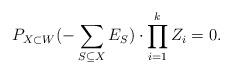
LaTeX: \begin{align*}P_{X\subset W}(-\sum_{S \subseteq X}E_S) \cdot \prod_{i=1}^k Z_i = 0. \end{align*}